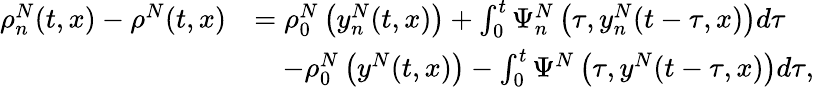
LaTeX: \begin{array}{rl}{\rho_{n}^{N}(t,x)-\rho^{N}(t,x)}&{=\rho_{0}^{N}\left(y_{n}^{N}(t,x)\right)+\int_{0}^{t}\Psi_{n}^{N}\left(\tau,y_{n}^{N}(t-\tau,x)\right)d\tau}\\ &{\quad-\rho_{0}^{N}\left(y^{N}(t,x)\right)-\int_{0}^{t}\Psi^{N}\left(\tau,y^{N}(t-\tau,x)\right)d\tau,}\end{array}